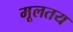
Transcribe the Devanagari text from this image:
मूलतय